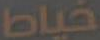
خياط